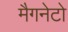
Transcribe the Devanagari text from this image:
मैगनेटो